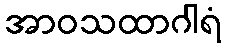
အာဝသထာဂါရံ